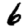
Digit: 6